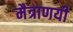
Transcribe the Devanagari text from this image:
मैत्राणयी